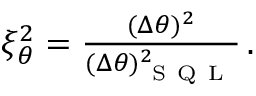
\begin{array} { r } { \xi _ { \theta } ^ { 2 } = \frac { ( \Delta \theta ) ^ { 2 } } { ( \Delta \theta ) _ { \mathrm { ~ S ~ Q ~ L ~ } } ^ { 2 } } \, . } \end{array}